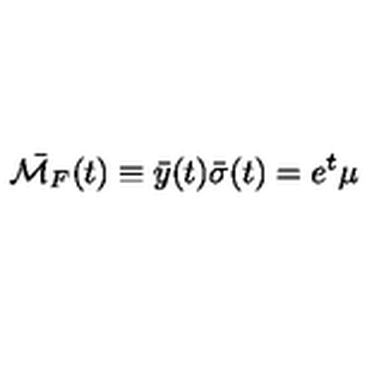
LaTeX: \bar { { \cal M } _ { F } } ( t ) \equiv \bar { y } ( t ) \bar { \sigma } ( t ) = e ^ { t } \mu